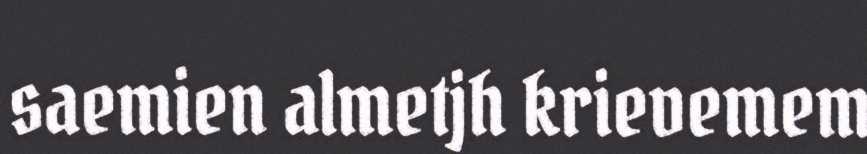
saemien almetjh krievemem